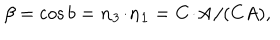
\beta = \cos { b } = { \bf n _ { 3 } \! \cdot \! n _ { 1 } } = { \bf C \! \cdot \! A } / ( C A ) ,